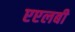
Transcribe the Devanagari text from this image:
एएलबी